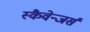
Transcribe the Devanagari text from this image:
स्कैवेन्जर्स